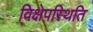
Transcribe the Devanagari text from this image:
विक्षेपस्थिति